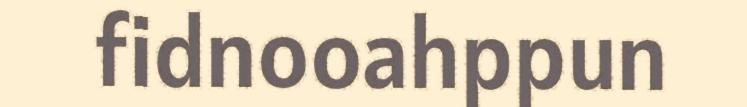
fidnooahppun